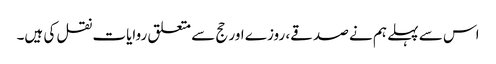
اس سے پہلے ہم نے صدقے، روزے اور حج سے متعلق روایات نقل کی ہیں۔